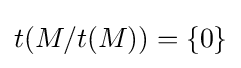
t(M/t(M))=\{0\}